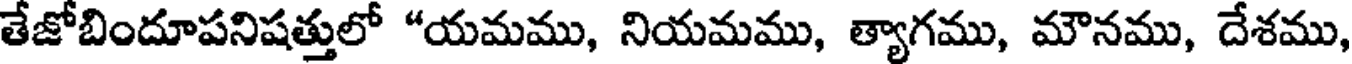
తేజోబిందూపనిషత్తులో "యమము, నియమము, త్యాగము, మౌనము, దేశము,